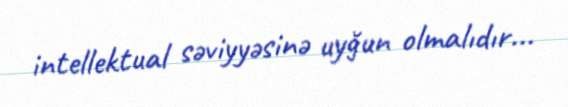
intellektual səviyyəsinə uyğun olmalıdır...